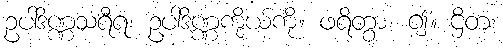
ဥပါဒိဏ္ဏသရီရံ၊ ဥပါဒိဏ္ဏကိုယ်ကို။ ဖရိတွာ၊ ၍။ ဌိတံ၊